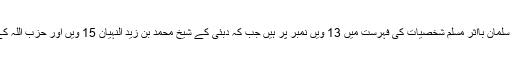
سعودی ولی عہد شہزادہ محمد بن سلمان بااثر مسلم شخصیات کی فہرست میں 13 ویں نمبر پر ہیں جب کہ دبئی کے شیخ محمد بن زید النہیان 15 ویں اور حزب اللہ کے حسن نصراللہ 23 نمبر پر ہیں۔